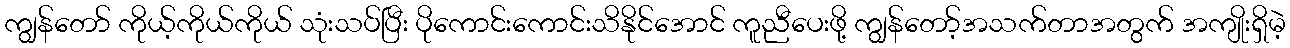
ကျွန်တော် ကိုယ့်ကိုယ်ကိုယ် သုံးသပ်ပြီး ပိုကောင်းကောင်းသိနိုင်အောင် ကူညီပေးဖို့ ကျွန်တော့်အသက်တာအတွက် အကျိုးရှိမဲ့